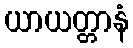
ယာယတ္တာနံ